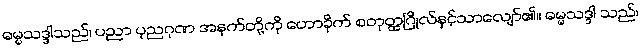
ဓမ္မသဒ္ဒါသည်၊ ပညာ ပုညဂုဏ အနက်တို့ကို ဟောခိုက် စတုတ္ထဂြိုလ်နှင့်သာလျော်၏။ ဓမ္မသဒ္ဒါ သည်၊